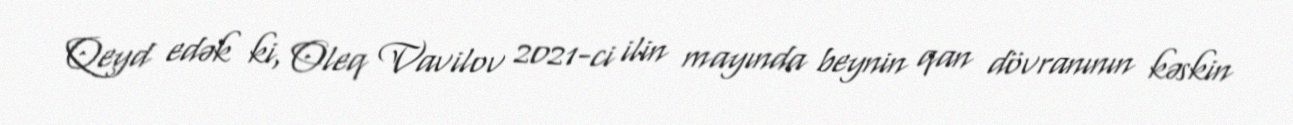
Qeyd edək ki, Oleq Vavilov 2021-ci ilin mayında beynin qan dövranının kəskin